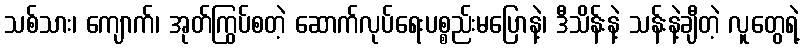
သစ်သား၊ ကျောက်၊ အုတ်ကြွပ်စတဲ့ ဆောက်လုပ်ရေးပစ္စည်းမပြောနဲ့၊ ဒီသိန်းနဲ့ သန်းနဲ့ချီတဲ့ လူတွေရဲ့